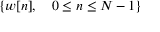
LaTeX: \{ w [ n ] , \quad 0 \leq n \leq N - 1 \}